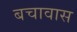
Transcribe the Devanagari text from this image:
बचावास